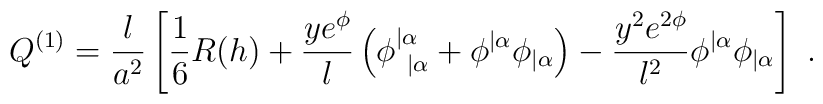
Q^{(1)} = {l \over a^2} \left[ {1\over 6} R(h)       		+ {y e^{\phi} \over l}\left(  \phi^{|\alpha}_{\ |\alpha}        		+  \phi^{|\alpha}  \phi_{|\alpha} \right)        		- {y^2 e^{2\phi} \over l^2}  \phi^{|\alpha} \phi_{|\alpha}        		\right]    \ .